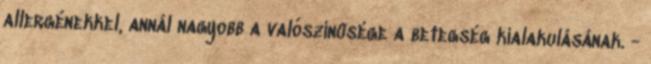
allergénekkel, annál nagyobb a valószínûsége a betegség kialakulásának. -